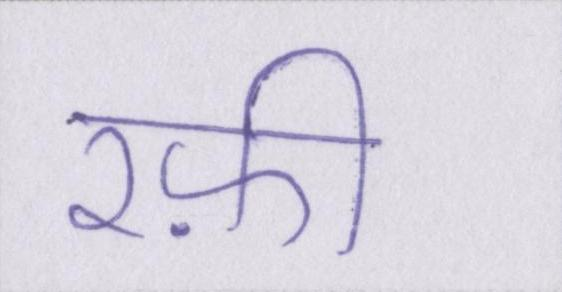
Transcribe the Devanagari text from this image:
रफ़ी